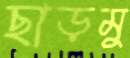
ছাড়মু